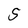
Character: S